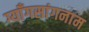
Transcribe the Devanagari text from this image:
ग्याँगसांगनाम